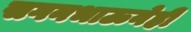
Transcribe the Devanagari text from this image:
सगनभाऊनेही